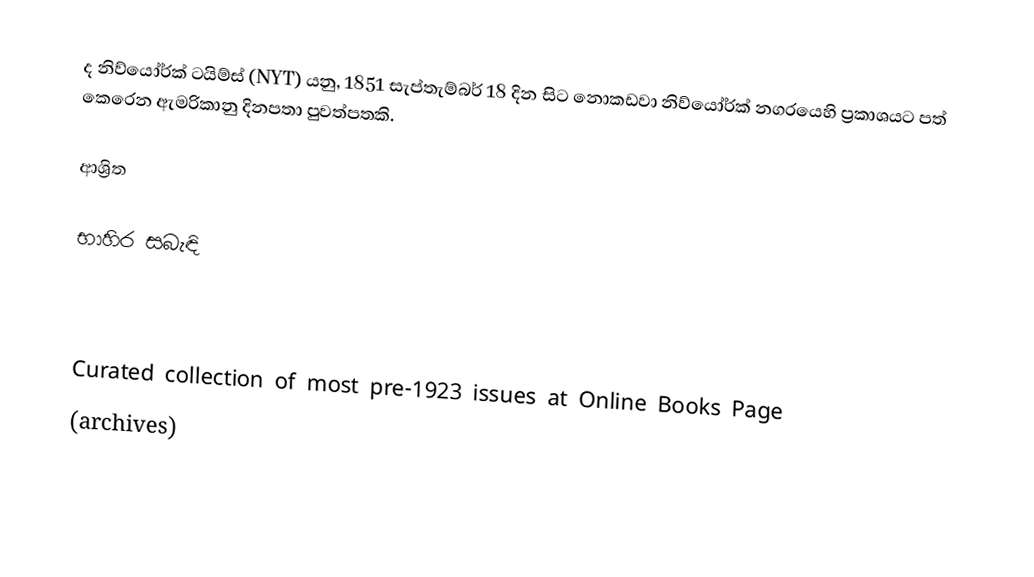
ද නිව්යෝර්ක් ටයිම්ස් (NYT) යනු, 1851 සැප්තැම්බර් 18 දින සිට නොකඩවා නිව්යෝර්ක් නගරයෙහි ප්‍රකාශයට පත් කෙරෙන ඇමරිකානු දිනපතා පුවත්පතකි.

ආශ්‍රිත

භාහිර සබැඳි

 Curated collection of most pre-1923 issues at Online Books Page
  (archives)